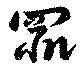
罪